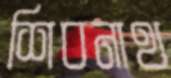
শিবনাথ